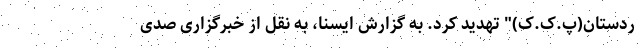
ردستان(پ.ک.ک)" تهدید کرد. به گزارش ایسنا، به نقل از خبرگزاری صدی